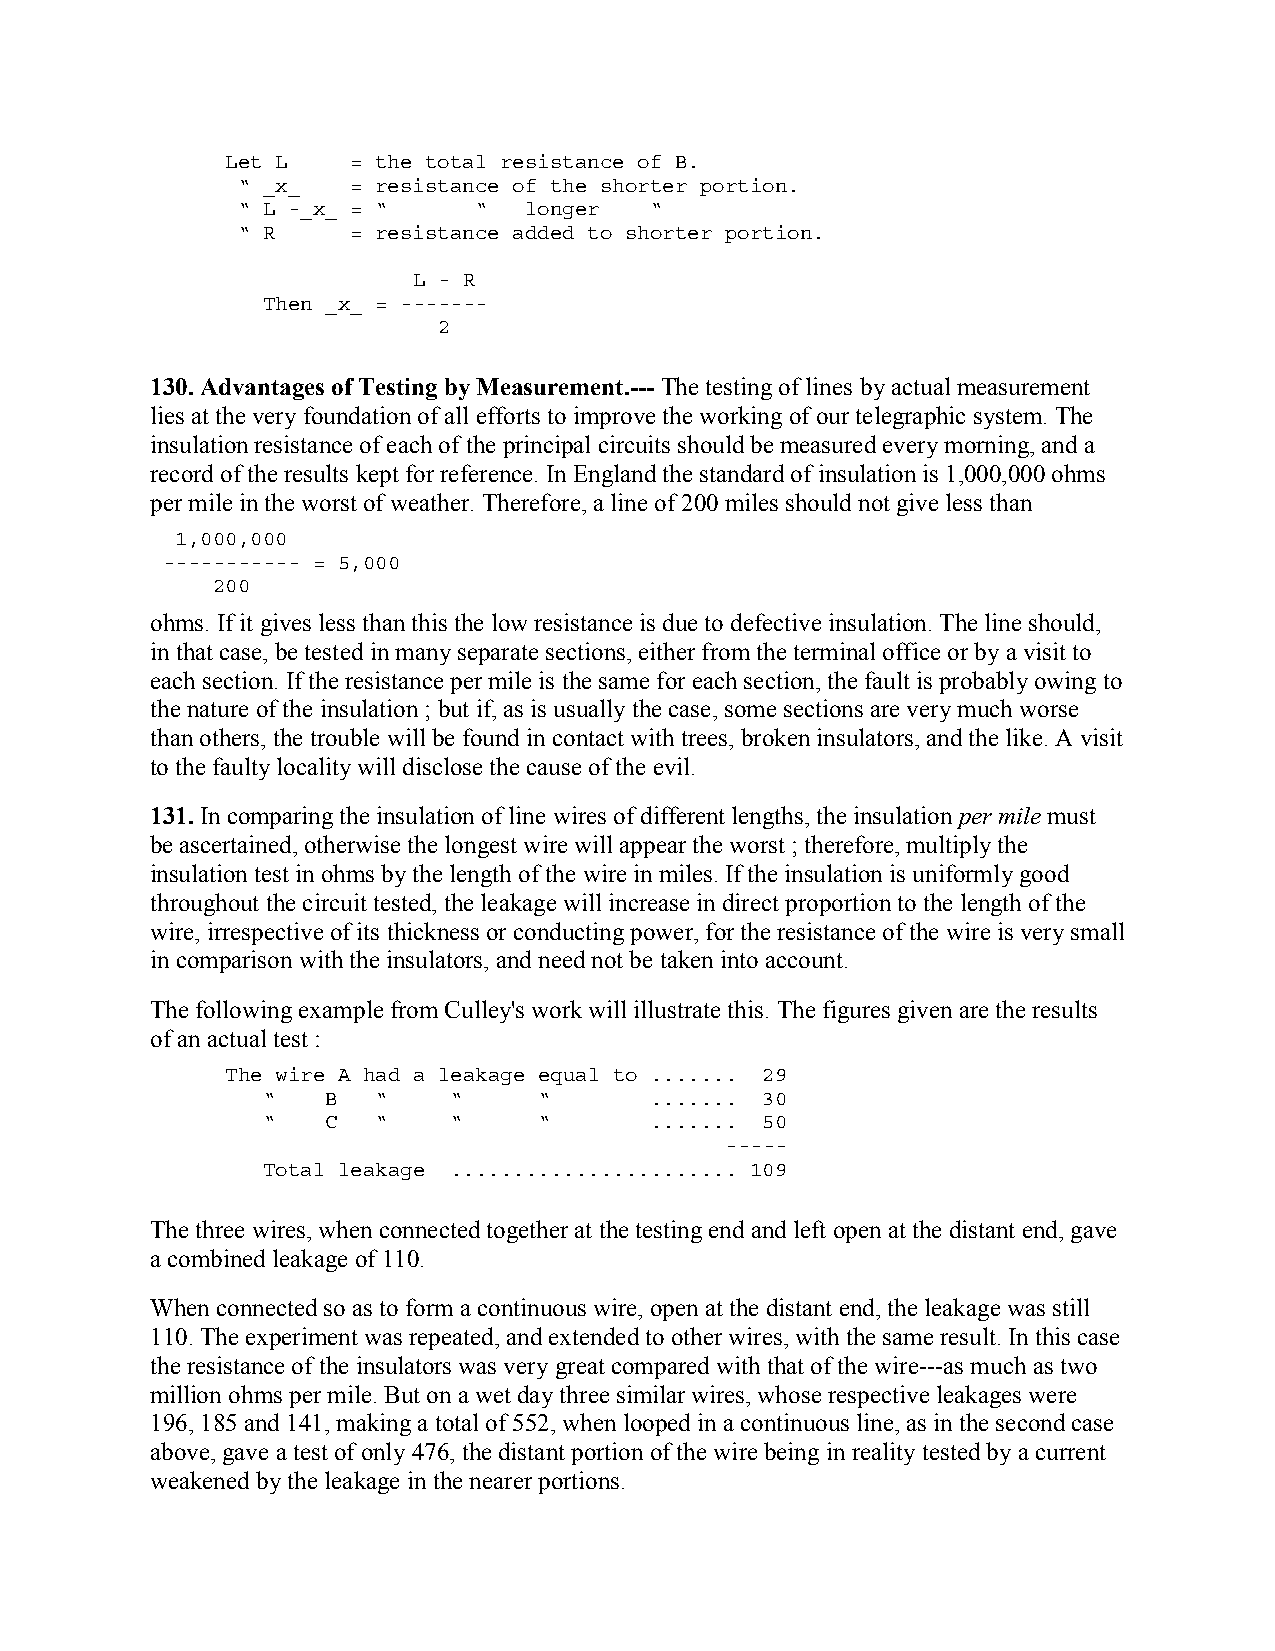
Let L   = the total resistance of B.
 “ _x_  = resistance of the shorter portion.
 “ L -_x_ = “   “   longer  “
 “ R    = resistance added to shorter portion.
 L - R
 Then _x_ = -------
 2
 130. Advantages of Testing by Measurement.--- The testing of lines by actual measurement
 lies at the very foundation of all efforts to improve the working of our telegraphic system. The
 insulation resistance of each of the principal circuits should be measured every morning, and a
 record of the results kept for reference. In England the standard of insulation is 1,000,000 ohms
 per mile in the worst of weather. Therefore, a line of 200 miles should not give less than
 1,000,000
 ----------- = 5,000
 200
 ohms. If it gives less than this the low resistance is due to defective insulation. The line should,
 in that case, be tested in many separate sections, either from the terminal office or by a visit to
 each section. If the resistance per mile is the same for each section, the fault is probably owing to
 the nature of the insulation ; but if, as is usually the case, some sections are very much worse
 than others, the trouble will be found in contact with trees, broken insulators, and the like. A visit
 to the faulty locality will disclose the cause of the evil.
 131. In comparing the insulation of line wires of different lengths, the insulation per mile must
 be ascertained, otherwise the longest wire will appear the worst ; therefore, multiply the
 insulation test in ohms by the length of the wire in miles. If the insulation is uniformly good
 throughout the circuit tested, the leakage will increase in direct proportion to the length of the
 wire, irrespective of its thickness or conducting power, for the resistance of the wire is very small
 in comparison with the insulators, and need not be taken into account.
 The following example from Culley's work will illustrate this. The figures given are the results
 of an actual test :
 The wire A had a leakage equal to ....... 29
 “    B  “    “     “      ....... 30
 “    C  “    “     “      ....... 50
 -----
 Total leakage ....................... 109
 The three wires, when connected together at the testing end and left open at the distant end, gave
 a combined leakage of 110.
 When connected so as to form a continuous wire, open at the distant end, the leakage was still
 110. The experiment was repeated, and extended to other wires, with the same result. In this case
 the resistance of the insulators was very great compared with that of the wire---as much as two
 million ohms per mile. But on a wet day three similar wires, whose respective leakages were
 196, 185 and 141, making a total of 552, when looped in a continuous line, as in the second case
 above, gave a test of only 476, the distant portion of the wire being in reality tested by a current
 weakened by the leakage in the nearer portions.